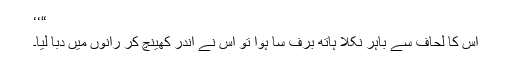
“‘‘
اس کا لحاف سے باہر نکلا ہاتھ برف سا ہوا تو اس نے اندر کھینچ کر رانوں میں دبا لیا۔